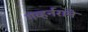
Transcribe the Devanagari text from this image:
गव्हर्नराने